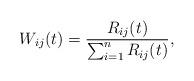
LaTeX: \begin{align*}W_{ij}(t) = \frac{R_{ij}(t)}{\sum_{i=1}^{n}R_{ij}(t)},\end{align*}